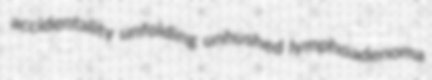
accidentality unfolding unhushed lymphoadenoma